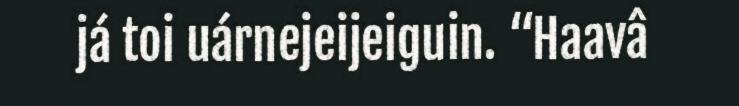
já toi uárnejeijeiguin. “Haavâ